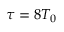
\tau = 8 T _ { 0 }